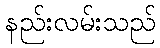
နည်းလမ်းသည်